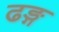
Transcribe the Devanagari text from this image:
ढङ्ग